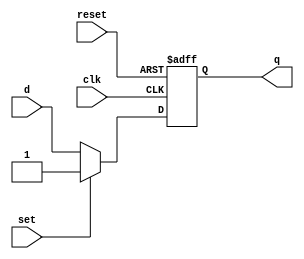
module d_flip_flop (
    input wire clk,    // Clock input
    input wire reset,  // Reset input
    input wire set,    // Set input
    input wire d,      // Data input
    output reg q       // Output
);

always @(posedge clk or posedge reset) begin
    if (reset) begin
        q <= 1'b0;    // Reset the flip-flop
    end else if (set) begin
        q <= 1'b1;    // Set the flip-flop
    end else begin
        q <= d;       // Store the data input
    end
end

endmodule